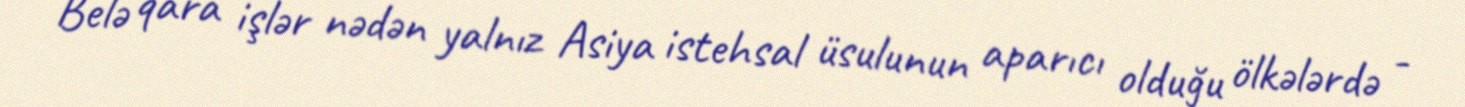
Belə qara işlər nədən yalnız Asiya istehsal üsulunun aparıcı olduğu ölkələrdə -